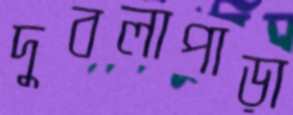
দুবলাপাড়া